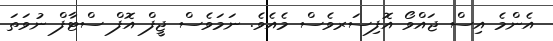
އެންމެ އިސް ޖައްވޯ އޮފިސަރވެސް މެއެވެ. ނަމަވެސް ޖީފް އޮފް ސްޓާފް ނުވަަތަ